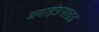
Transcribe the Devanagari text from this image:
ब्लाइंडसाइड